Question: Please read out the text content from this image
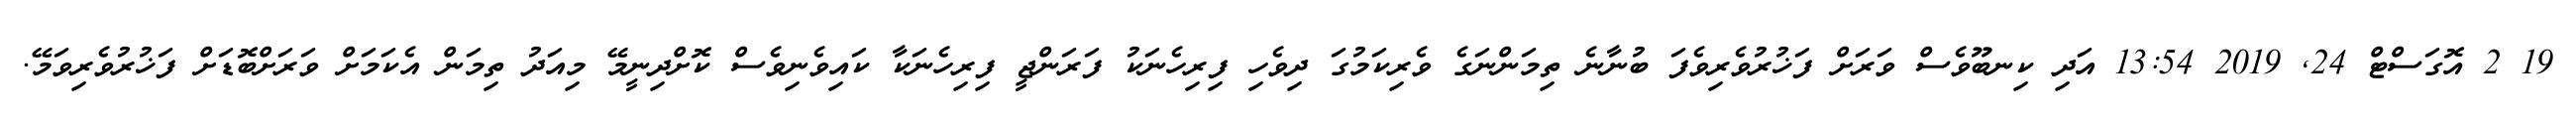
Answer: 19 2 އޮގަސްޓް 24, 2019 13:54 އަދި ކިނބޫވެސް ވަރަށް ފަޚުރުވެރިވެފަ ބުނާނެ ތިމަންނަގެ ވެރިކަމުގަ ދިވެހި ފިރިހެނަކު ފަރަންޖީ ފިރިހެނަކާ ކައިވެނިވެސް ކޮށްދިނީމޭ މިއަދު ތިމަން އެކަމަށް ވަރަށްބޮޑަށް ފަޚުރުވެރިވަމޭ.